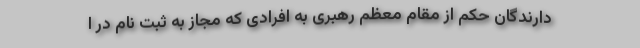
دارندگان حکم از مقام معظم رهبری به افرادی که مجاز به ثبت نام در ا